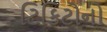
ટિકિટોનો